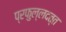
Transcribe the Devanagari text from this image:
प्रफुल्लदत्त